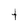
Character: t